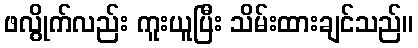
ဖလွိုက်လည်း ကူးယူပြီး သိမ်းထားချင်သည်။